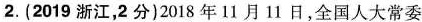
2.(2019浙江，2分)2018年11月11日，全国人大常委